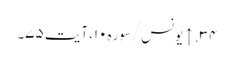
۳۴. ↑ یونس/سوره۱۰، آیت ۷۵۔